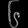
Digit: ၆